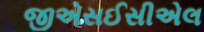
જીએસઈસીએલ